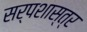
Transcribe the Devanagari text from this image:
सर्पशास्त्र